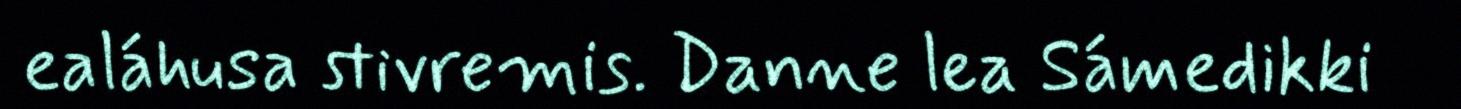
ealáhusa stivremis. Danne lea Sámedikki